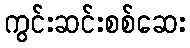
ကွင်းဆင်းစစ်ဆေး